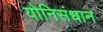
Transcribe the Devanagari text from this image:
योनिसंधान